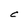
Character: C